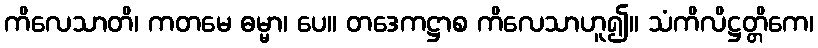
ကိလေသာတိ၊ ကတမေ ဓမ္မာ၊ ပေ။ တဒေကဋ္ဌာစ ကိလေသာဟူ၍။ သံကိလိဋ္ဌတ္တိကေ၊